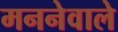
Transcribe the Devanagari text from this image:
मननेवाले